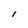
Character: I